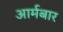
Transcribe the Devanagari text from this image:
आर्मबार